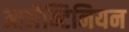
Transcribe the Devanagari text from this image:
आर्जेन्टिनियन